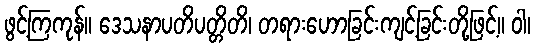
ဖွင့်ကြကုန်။ ဒေသနာပတိပတ္တိတိ၊ တရားဟောခြင်းကျင့်ခြင်းတို့ဖြင့်။ ဝါ၊